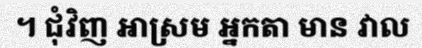
។ ជុំវិញ អាស្រម អ្នកតា មាន វាល